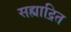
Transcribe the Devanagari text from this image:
सह्याद्रित